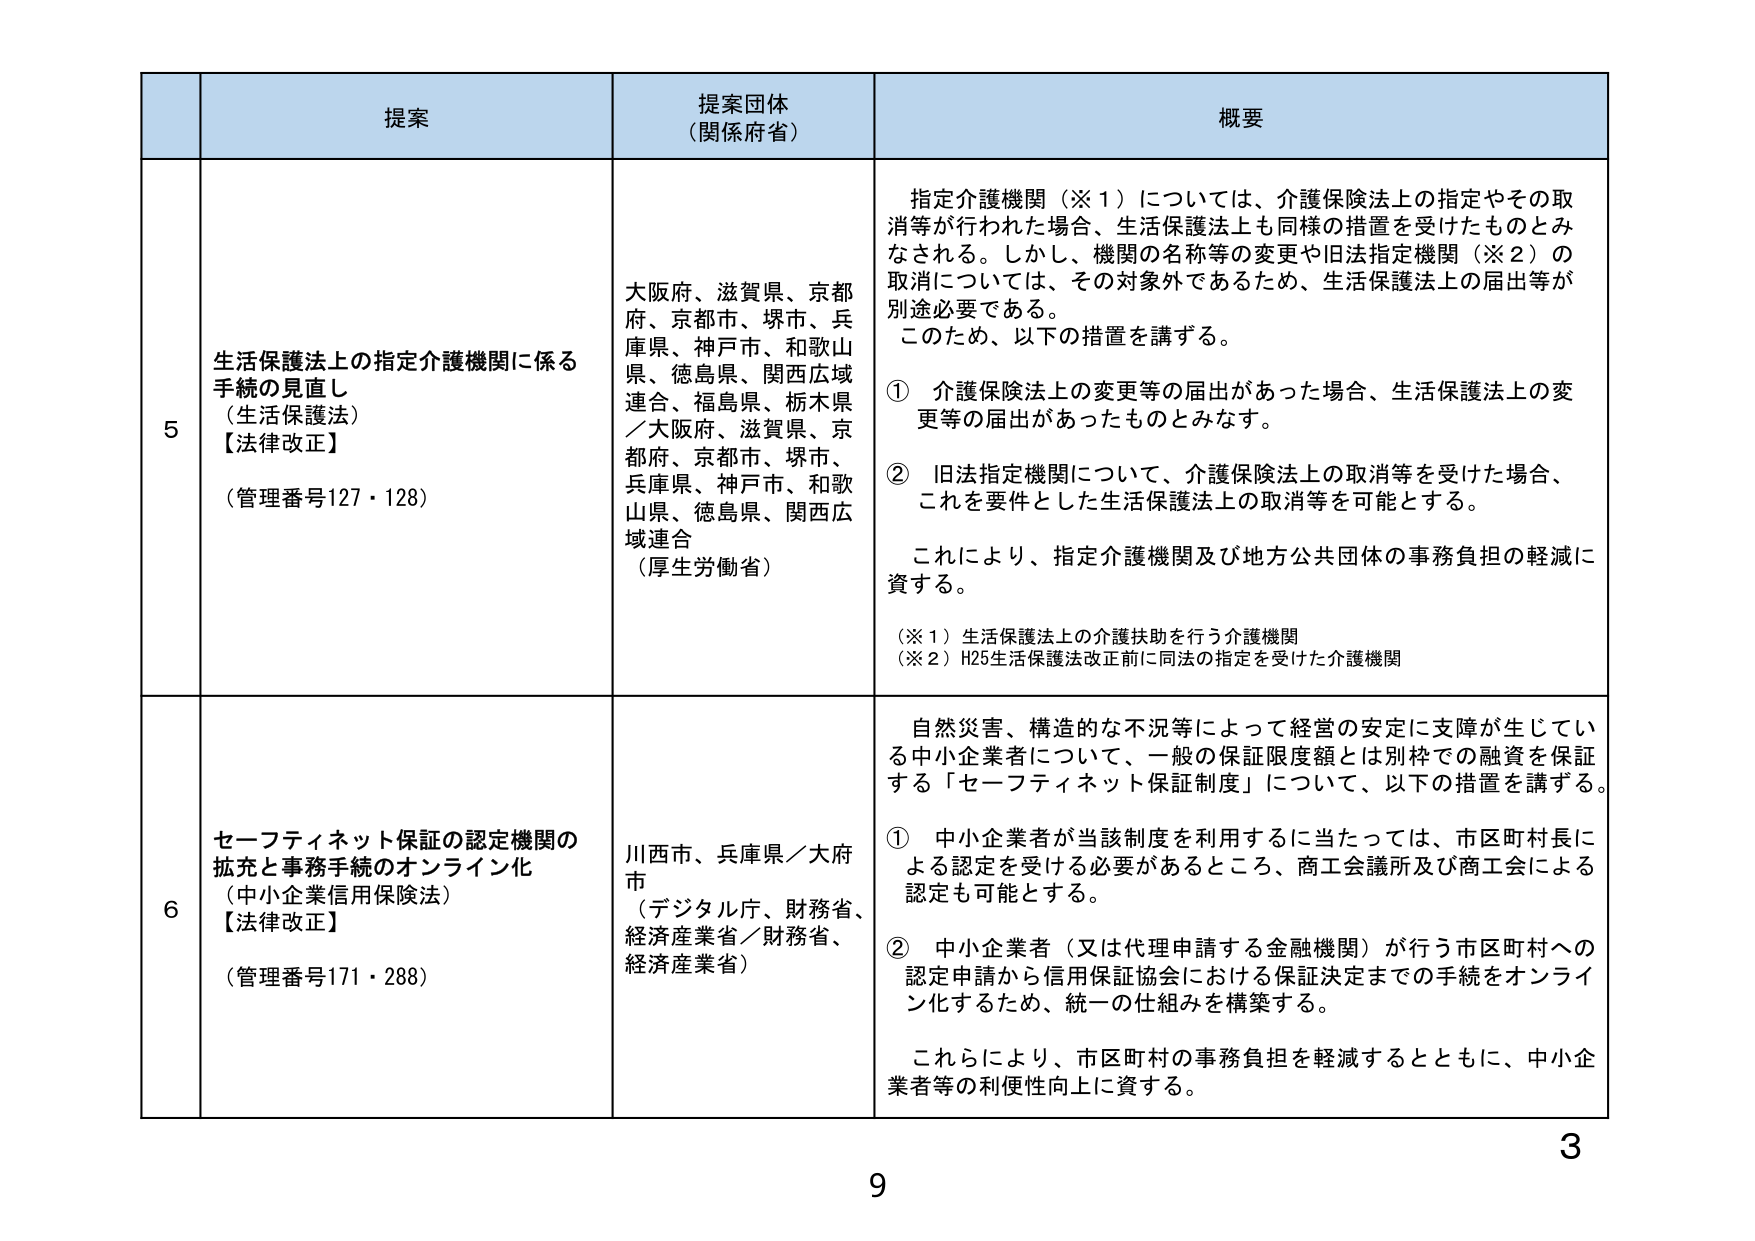
5
生活保護法上の指定介護機関に係る
手続の見直し
（生活保護法）
【法律改正】
（管理番号127・128）

提案団体
（関係府省）
大阪府、滋賀県、京都府、京都市、堺市、兵庫県、神戸市、和歌山県、徳島県、関西広域連合、福島県、栃木県／大阪府、滋賀県、京都府、京都市、堺市、兵庫県、神戸市、和歌山県、徳島県、関西広域連合
（厚生労働省）

概要
指定介護機関（※1）については、介護保険法上の指定やその取消等が行われた場合、生活保護法上も同様の措置を受けたものとみなされる。しかし、機関の名称等の変更や旧法指定機関（※2）の取消については、その対象外であるため、生活保護法上の届出等が別途必要である。
このため、以下の措置を講ずる。
① 介護保険法上の変更等の届出があった場合、生活保護法上の変更等の届出があったものとみなす。
② 旧法指定機関について、介護保険法上の取消等を受けた場合、これを要件とした生活保護法上の取消等を可能とする。
これにより、指定介護機関及び地方公共団体の事務負担の軽減に資する。
（※1）生活保護法上の介護扶助を行う介護機関
（※2）H25生活保護法改正前に同法の指定を受けた介護機関

6
セーフティネット保証の認定機関の
拡充と事務手続のオンライン化
（中小企業信用保険法）
【法律改正】
（管理番号171・288）

提案団体
（関係府省）
川西市、兵庫県／大府市
（デジタル庁、財務省、経済産業省／財務省、経済産業省）

概要
自然災害、構造的な不況等によって経営の安定に支障が生じている中小企業者について、一般の保証限度額とは別枠での融資を保証する「セーフティネット保証制度」について、以下の措置を講ずる。
① 中小企業者が当該制度を利用するに当たっては、市区町村長による認定を受ける必要があるところ、商工会議所及び商工会による認定も可能とする。
② 中小企業者（又は代理申請する金融機関）が行う市区町村への認定申請から信用保証協会における保証決定までの手続をオンライン化するため、統一の仕組みを構築する。
これらにより、市区町村の事務負担を軽減するとともに、中小企業者等の利便性向上に資する。

9
3